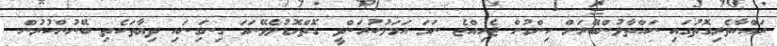
ރައްކާތެރިގޮތުގައި ނައްތާލުންބޭރަށް ހިންގުން ޖެހިއްޖެ ނަމަ އަމަލުކުރަންވީ ގޮތްހޮޑުލެވޭނަމަ ގިނަގިނައި ދިޔާތަކެތި ބޭނުންކުރުން.